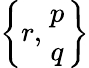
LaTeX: \left\{ r,{p\atop q}\right\}